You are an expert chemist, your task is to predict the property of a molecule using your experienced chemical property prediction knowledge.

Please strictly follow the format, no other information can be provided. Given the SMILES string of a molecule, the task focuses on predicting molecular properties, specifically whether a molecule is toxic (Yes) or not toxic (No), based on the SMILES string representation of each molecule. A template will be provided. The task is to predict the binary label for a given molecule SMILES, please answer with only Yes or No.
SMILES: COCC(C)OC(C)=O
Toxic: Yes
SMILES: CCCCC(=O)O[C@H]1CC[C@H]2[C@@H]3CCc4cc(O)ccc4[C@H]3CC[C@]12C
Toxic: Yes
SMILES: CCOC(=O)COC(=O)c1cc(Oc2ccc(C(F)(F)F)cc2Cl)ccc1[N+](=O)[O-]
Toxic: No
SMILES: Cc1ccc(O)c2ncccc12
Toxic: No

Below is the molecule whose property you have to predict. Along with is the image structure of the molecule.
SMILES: CC(C)NCC(O)COc1ccccc1-n1cccc1
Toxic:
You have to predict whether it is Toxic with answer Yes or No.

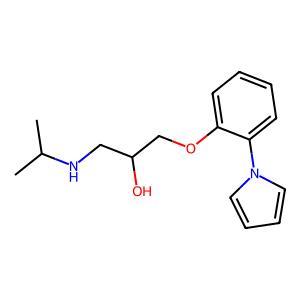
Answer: No